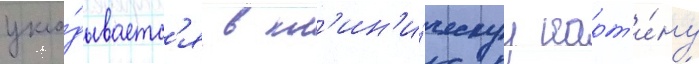
укла́дываетс'я в кл'ин'и́ческуу карт'и́ну